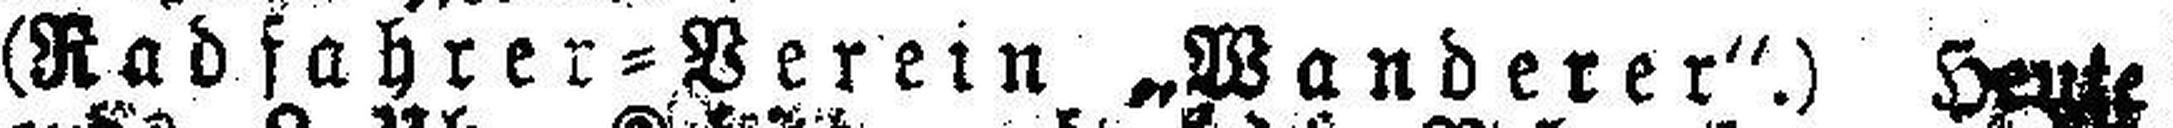
(Radfahrer=Verein „Wanderer“.) Heute